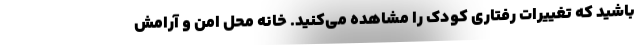
باشید که تغییرات رفتاری کودک را مشاهده می‌کنید. خانه محل امن و آرامش